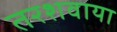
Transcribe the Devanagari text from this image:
तरशवाया